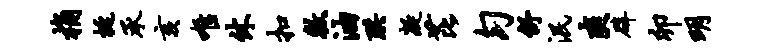
桷挺承亥唯休扣敕油珙凝芘匀舒泯爽辟卯明